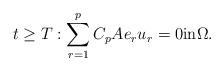
LaTeX: \begin{align*}t\geq T: \sum_{r=1}^pC_pAe_ru_r =0\hbox{in}\Omega.\end{align*}